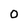
Character: 0